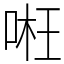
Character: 𠶖